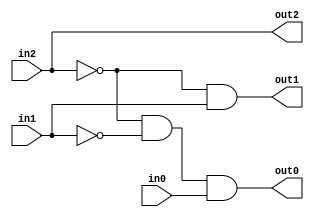
module DataFlow_PE(
    in2,
    in1,
    in0,
    out2,
    out1,
    out0
    );
	 
	input wire in2, in1, in0;
	output reg out2, out1, out0;
	
	assign out2=in2;
	assign out1=(~in2)&(in1);
	assign out0=(~in2)&(~in1)&(in0);

endmodule